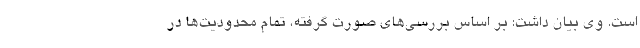
است. وی بیان داشت: بر اساس بررسی‌های صورت گرفته، تمام محدودیت‌ها در